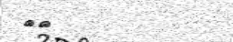
٥٩